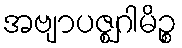
အဗျာပဇ္ဈဂါမိဉ္စ